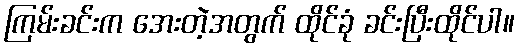
ကြမ်းခင်းက အေးတဲ့အတွက် ထိုင်ခုံ ခင်းပြီးထိုင်ပါ။